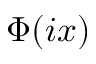
\Phi ( i x )